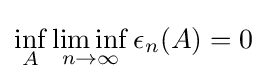
\inf _{A}\liminf _{n\to \infty }\epsilon _{n}(A)=0